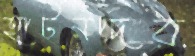
হাটনদের